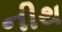
નીથ